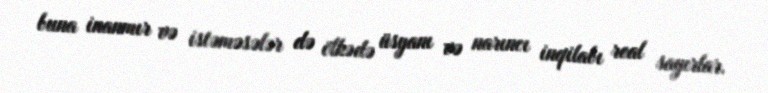
buna inanmır və istəməsələr də ölkədə üsyanı və narıncı inqilabı real sayırlar.